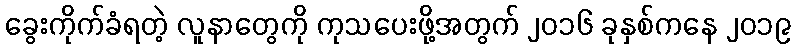
ခွေးကိုက်ခံရတဲ့ လူနာတွေကို ကုသပေးဖို့အတွက် ၂၀၁၆ ခုနှစ်ကနေ ၂၀၁၉